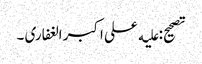
تصحیح: علیه علی اکبر الغفاری ۔